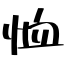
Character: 恤